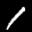
Label: 1